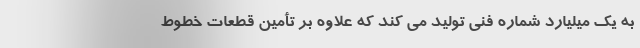
به یک میلیارد شماره فنی تولید می کند که علاوه بر تأمین قطعات خطوط